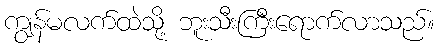
ကျွန်မလက်ထဲသို့ ဘူးသီးကြီးရောက်လာသည်။